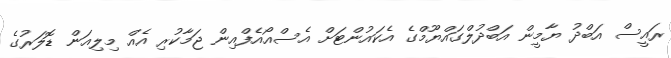
ރައީސް އަބްދު ޔާމީން އަބްދުލްގައްޔޫމްގެ އެކައުންޓަށް އެސްއޯއެފްއިން ޖަމާކުރި އެއް މިލިއަން ޑޮލަރުގެ